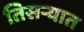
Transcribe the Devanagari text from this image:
तिसऱ्यात